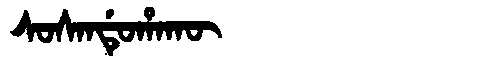
Manchu: ᠰᠣᠰᠠᠨᡩᡠᡥᠠᡴᡡ
Romanization: SOSANDUHAKŪ